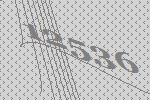
12536